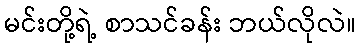
မင်းတို့ရဲ့ စာသင်ခန်း ဘယ်လိုလဲ။